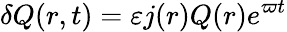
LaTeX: \delta Q(r,t)=\varepsilon j(r)Q(r)e^{\varpi t}